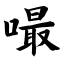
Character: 嘬